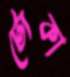
ট্যেকা